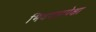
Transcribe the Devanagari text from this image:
भिवगडापेक्षा